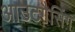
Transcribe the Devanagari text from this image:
आउटगैसिंग